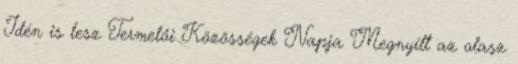
Idén is lesz Termelői Közösségek Napja Megnyílt az olasz